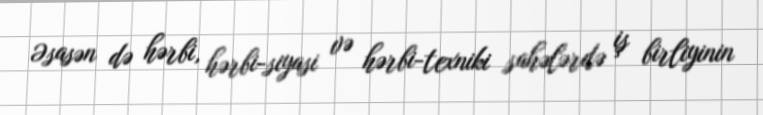
Əsasən də hərbi, hərbi-siyasi və hərbi-texniki sahələrdə iş birliyinin